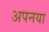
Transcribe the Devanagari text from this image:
अपनया